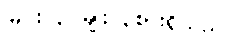
မြင်း ၃ မျိုး ၃စားရှိသည်။